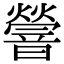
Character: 䪯